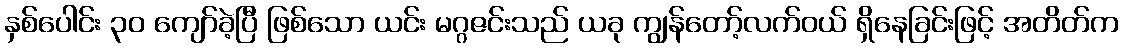
နှစ်ပေါင်း ၃၀ ကျော်ခဲ့ပြီ ဖြစ်သော ယင်း မဂ္ဂဇင်းသည် ယခု ကျွန်တော့်လက်ဝယ် ရှိနေခြင်းဖြင့် အတိတ်က